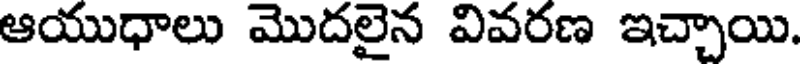
ఆయుధాలు మొదలైన వివరణ ఇచ్చాయి.